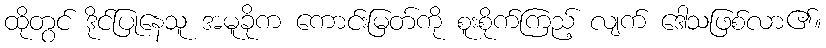
ထိုတွင် ဒိုင်ပြုနေသူ အမူခိုက ကောင်းမြတ်ကို စူးစိုက်ကြည့် လျက် ဒေါသဖြစ်လာ၏။